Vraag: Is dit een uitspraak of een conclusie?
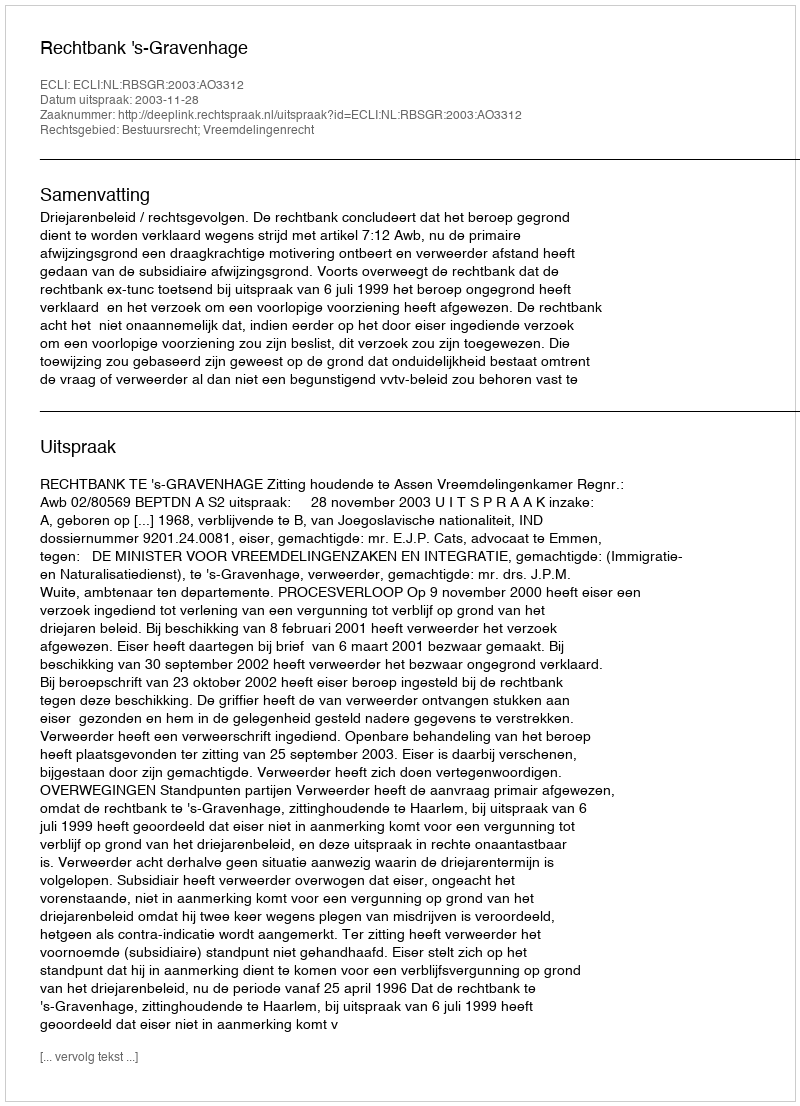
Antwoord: Uitspraak